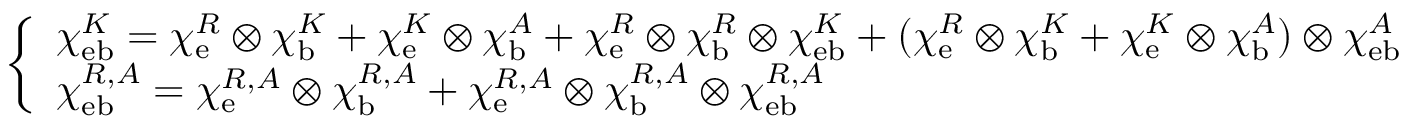
\left\{ \begin{array} { l } { \chi _ { \mathrm { e b } } ^ { K } = \chi _ { \mathrm { e } } ^ { R } \otimes \chi _ { \mathrm { b } } ^ { K } + \chi _ { \mathrm { e } } ^ { K } \otimes \chi _ { \mathrm { b } } ^ { A } + \chi _ { \mathrm { e } } ^ { R } \otimes \chi _ { \mathrm { b } } ^ { R } \otimes \chi _ { \mathrm { e b } } ^ { K } + ( \chi _ { \mathrm { e } } ^ { R } \otimes \chi _ { \mathrm { b } } ^ { K } + \chi _ { \mathrm { e } } ^ { K } \otimes \chi _ { \mathrm { b } } ^ { A } ) \otimes \chi _ { \mathrm { e b } } ^ { A } } \\ { \chi _ { \mathrm { e b } } ^ { R , A } = \chi _ { \mathrm { e } } ^ { R , A } \otimes \chi _ { \mathrm { b } } ^ { R , A } + \chi _ { \mathrm { e } } ^ { R , A } \otimes \chi _ { \mathrm { b } } ^ { R , A } \otimes \chi _ { \mathrm { e b } } ^ { R , A } } \end{array} \right. ,